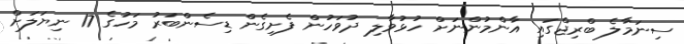
ސިނަމާލެ ބްރިޖްގައި އާންމުންނަށް ހުޅުވާލި ދުވަހުން ފެށިގެން ޑިސެންބަރު މަހުގެ 17 ނިޔަލަށް